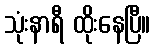
သုံးနာရီ ထိုးနေပြီ။